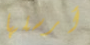
أرسلها